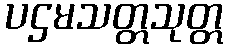
ပဌမသတ္တသုတ္တ